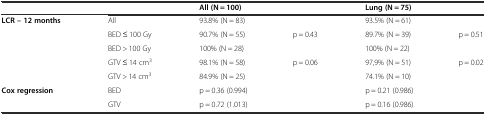
<table><thead><tr><td></td><td></td><td colspan="2"><b>All (N = 100)</b></td><td colspan="2"><b>Lung (N = 75)</b></td></tr></thead><tbody><tr><td rowspan="5"><b>LCR – 12 months</b></td><td>All</td><td colspan="2">93.8% (N = 83)</td><td colspan="2">93.5% (N = 61)</td></tr><tr><td>BED ≤ 100 Gy</td><td>90.7% (N = 55)</td><td rowspan="2">p = 0.43</td><td>89.7% (N = 39)</td><td rowspan="2">p = 0.51</td></tr><tr><td>BED &gt; 100 Gy</td><td>100% (N = 28)</td><td>100% (N = 22)</td></tr><tr><td>GTV ≤ 14 cm<sup>3</sup></td><td>98.1% (N = 58)</td><td rowspan="2">p = 0.06</td><td>97,9% (N = 51)</td><td rowspan="2">p = 0.02</td></tr><tr><td>GTV &gt; 14 cm<sup>3</sup></td><td>84.9% (N = 25)</td><td>74.1% (N = 10)</td></tr><tr><td rowspan="2"><b>Cox regression</b></td><td>BED</td><td colspan="2">p = 0.36 (0.994)</td><td colspan="2">p = 0.21 (0.986)</td></tr><tr><td>GTV</td><td colspan="2">p = 0.72 (1.013)</td><td colspan="2">p = 0.16 (0.986)</td></tr></tbody></table>